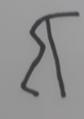
Signature authenticity: forged